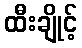
ထီးချိုင့်